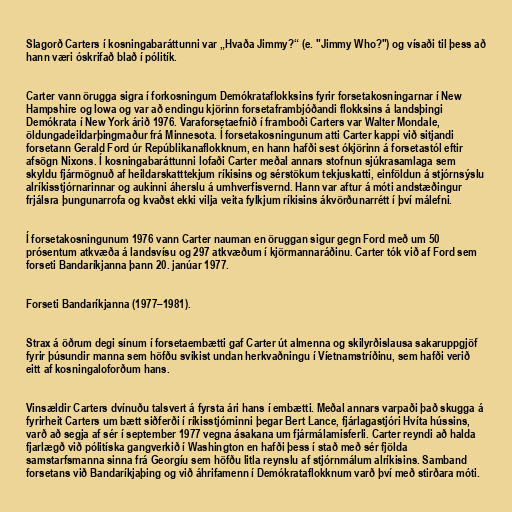
Slagorð Carters í kosningabaráttunni var „Hvaða Jimmy?“ (e. "Jimmy Who?") og vísaði til þess að
hann væri óskrifað blað í pólitík.

Carter vann örugga sigra í forkosningum Demókrataflokksins fyrir forsetakosningarnar í New
Hampshire og Iowa og var að endingu kjörinn forsetaframbjóðandi flokksins á landsþingi
Demókrata í New York árið 1976. Varaforsetaefnið í framboði Carters var Walter Mondale,
öldungadeildarþingmaður frá Minnesota. Í forsetakosningunum atti Carter kappi við sitjandi
forsetann Gerald Ford úr Repúblikanaflokknum, en hann hafði sest ókjörinn á forsetastól eftir
afsögn Nixons. Í kosningabaráttunni lofaði Carter meðal annars stofnun sjúkrasamlaga sem
skyldu fjármögnuð af heildarskatttekjum ríkisins og sérstökum tekjuskatti, einföldun á stjórnsýslu
alríkisstjórnarinnar og aukinni áherslu á umhverfisvernd. Hann var aftur á móti andstæðingur
frjálsra þungunarrofa og kvaðst ekki vilja veita fylkjum ríkisins ákvörðunarrétt í því málefni.

Í forsetakosningunum 1976 vann Carter nauman en öruggan sigur gegn Ford með um 50
prósentum atkvæða á landsvísu og 297 atkvæðum í kjörmannaráðinu. Carter tók við af Ford sem
forseti Bandaríkjanna þann 20. janúar 1977.

Forseti Bandaríkjanna (1977–1981).

Strax á öðrum degi sínum í forsetaembætti gaf Carter út almenna og skilyrðislausa sakaruppgjöf
fyrir þúsundir manna sem höfðu svikist undan herkvaðningu í Víetnamstríðinu, sem hafði verið
eitt af kosningaloforðum hans.

Vinsældir Carters dvínuðu talsvert á fyrsta ári hans í embætti. Meðal annars varpaði það skugga á
fyrirheit Carters um bætt siðferði í ríkisstjórninni þegar Bert Lance, fjárlagastjóri Hvíta hússins,
varð að segja af sér í september 1977 vegna ásakana um fjármálamisferli. Carter reyndi að halda
fjarlægð við pólitíska gangverkið í Washington en hafði þess í stað með sér fjölda
samstarfsmanna sinna frá Georgíu sem höfðu litla reynslu af stjórnmálum alríkisins. Samband
forsetans við Bandaríkjaþing og við áhrifamenn í Demókrataflokknum varð því með stirðara móti.